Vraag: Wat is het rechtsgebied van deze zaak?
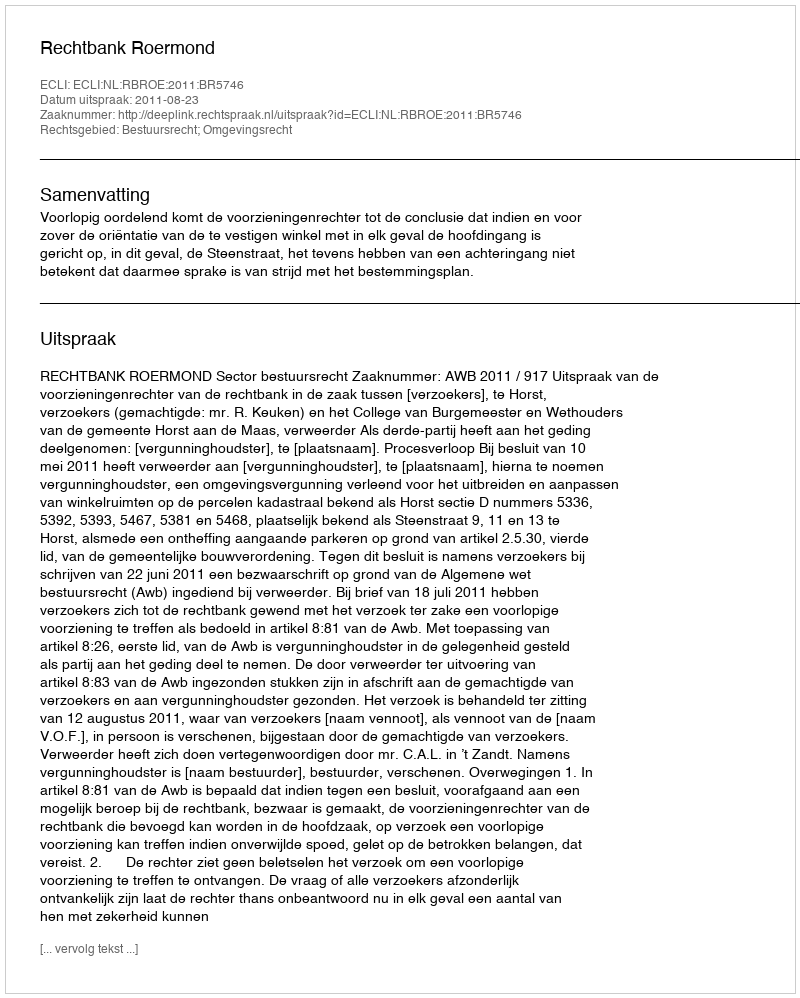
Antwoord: Bestuursrecht; Omgevingsrecht